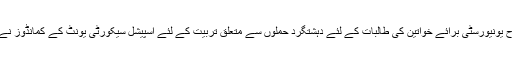
کراچی کی جناح یونیورسٹی برائے خواتین کی طالبات کے لئے دہشتگرد حملوں سے متعلق تربیت کے لئے اسپیشل سیکورٹی یونٹ کے کمانڈوز نے یہ تربیت دی۔